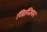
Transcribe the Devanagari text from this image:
ख्रिस्तियन